65_HS1-834228961_62-HQ-83894_Section_9
Agency: FBI
Page 12
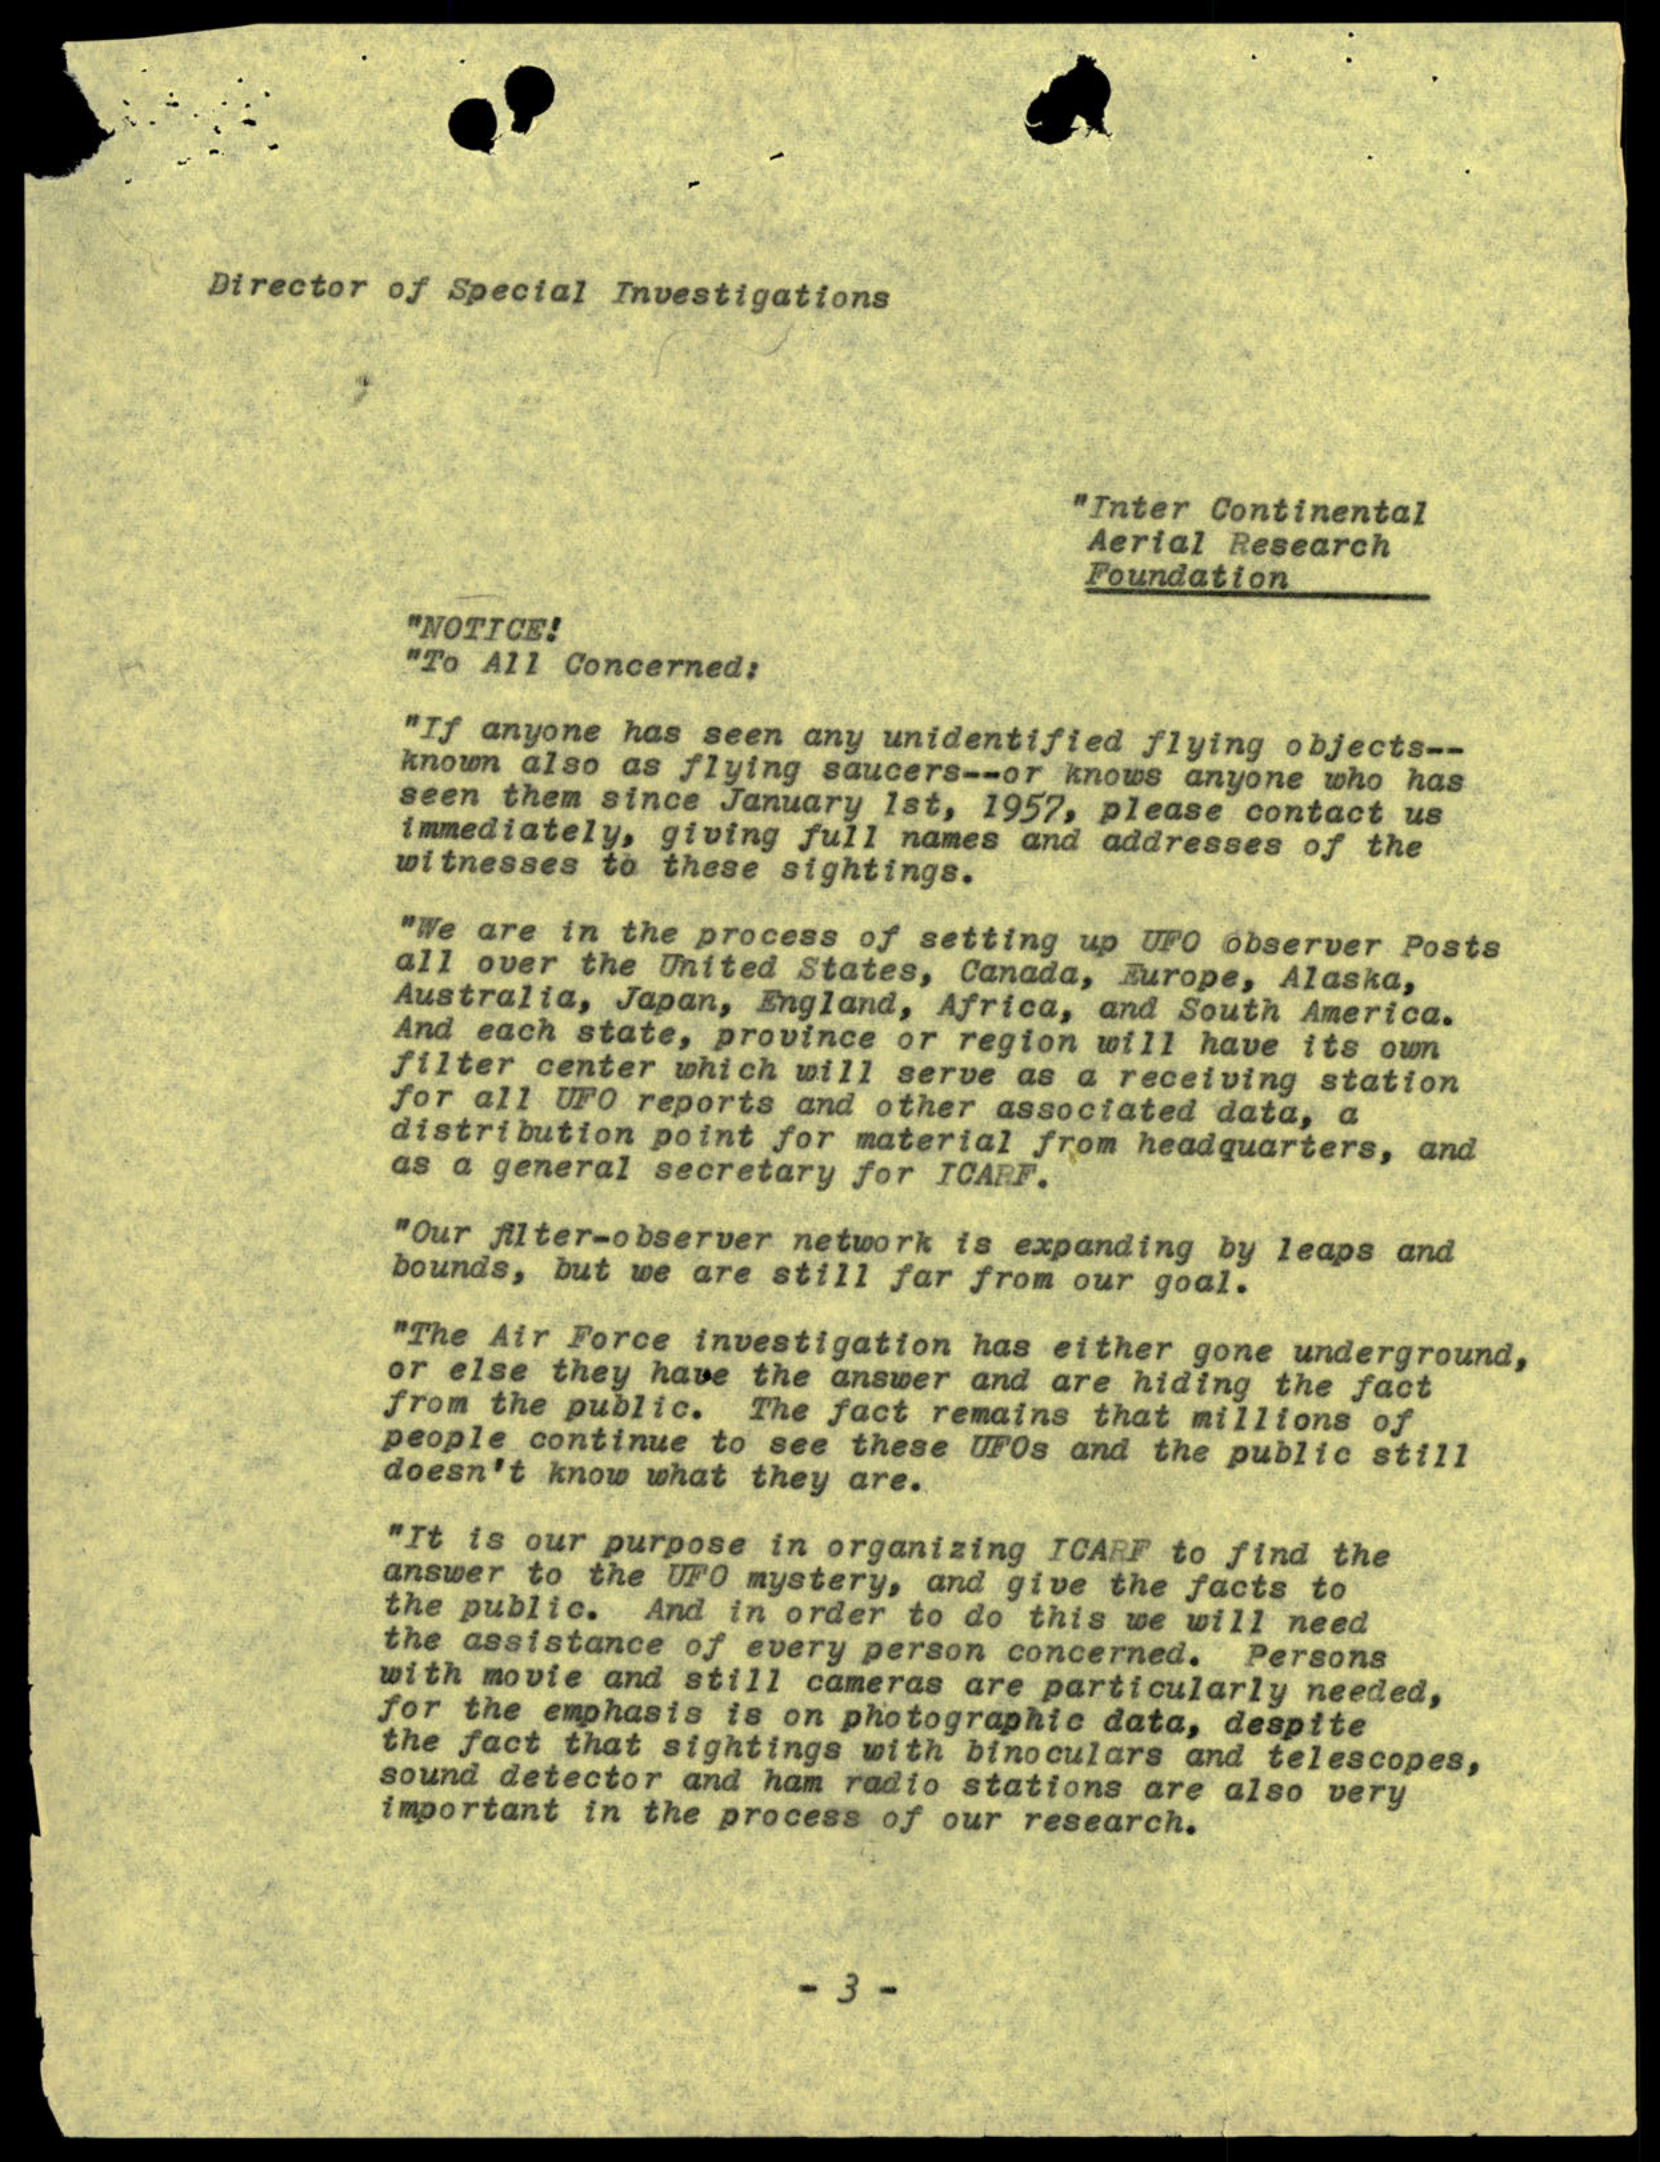